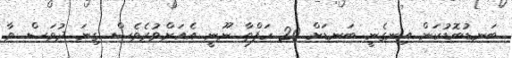
ބަނޑުބޮޑުކަން އިނގެނީ ބަނޑަށް 20 ހަފްތާ ނޫނީ އެއަށްވުރެވެސް ގިނަ ދުވަސް ވާ